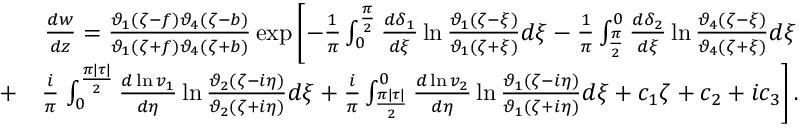
\begin{array} { r l r } & { } & { \frac { d w } { d z } = \frac { \vartheta _ { 1 } ( \zeta - f ) \vartheta _ { 4 } ( \zeta - b ) } { \vartheta _ { 1 } ( \zeta + f ) \vartheta _ { 4 } ( \zeta + b ) } \exp \left[ - \frac { 1 } { \pi } \int _ { 0 } ^ { \frac { \pi } { 2 } } \frac { d \delta _ { 1 } } { d \xi } \ln \frac { \vartheta _ { 1 } ( \zeta - \xi ) } { \vartheta _ { 1 } ( \zeta + \xi ) } d \xi - \frac { 1 } { \pi } \int _ { \frac { \pi } { 2 } } ^ { 0 } \frac { d \delta _ { 2 } } { d \xi } \ln \frac { \vartheta _ { 4 } ( \zeta - \xi ) } { \vartheta _ { 4 } ( \zeta + \xi ) } d \xi \right. } \\ & { + } & { \frac { i } { \pi } \left. \int _ { 0 } ^ { \frac { \pi | \tau | } { 2 } } \frac { d \ln v _ { 1 } } { d \eta } \ln \frac { \vartheta _ { 2 } ( \zeta - i \eta ) } { \vartheta _ { 2 } ( \zeta + i \eta ) } d \xi + \frac { i } { \pi } \int _ { \frac { \pi | \tau | } { 2 } } ^ { 0 } \frac { d \ln v _ { 2 } } { d \eta } \ln \frac { \vartheta _ { 1 } ( \zeta - i \eta ) } { \vartheta _ { 1 } ( \zeta + i \eta ) } d \xi + c _ { 1 } \zeta + c _ { 2 } + i c _ { 3 } \right] . } \end{array}